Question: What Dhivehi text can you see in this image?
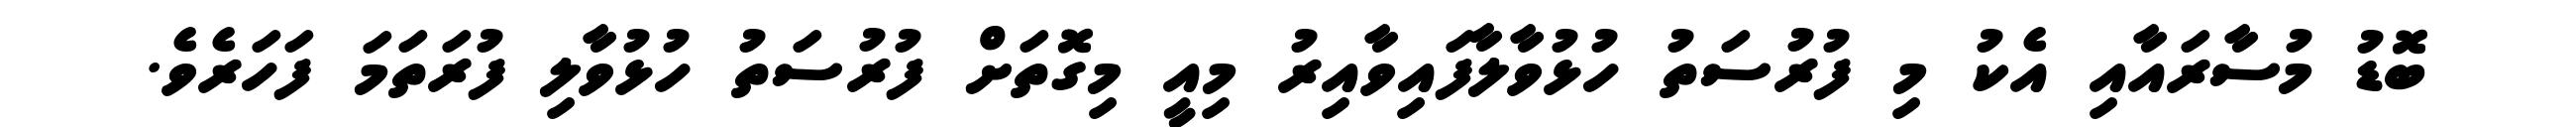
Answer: ބޮޑު މުސާރައާއި އެކު މި ފުރުސަތު ހުޅުވާލާފައިވާއިރު މިއީ މިގޮތަށް ފުރުސަތު ހުޅުވާލި ފުރަތަމަ ފަހަރެވެ.